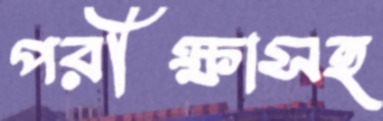
পরীক্ষাসহ